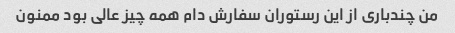
من چندباری از این رستوران سفارش دام همه چیز عالی بود ممنون